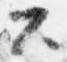
公